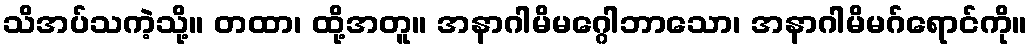
သိအပ်သကဲ့သို့။ တထာ၊ ထို့အတူ။ အနာဂါမိမဂ္ဂေါဘာသော၊ အနာဂါမိမဂ်ရောင်ကို။